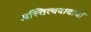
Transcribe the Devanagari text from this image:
अस्तित्ववादाची